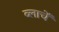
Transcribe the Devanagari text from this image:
ब्लाचें